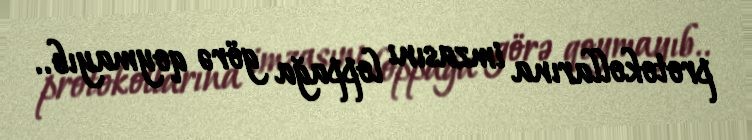
protokollarına imzasını loppağa görə qoymayıb..